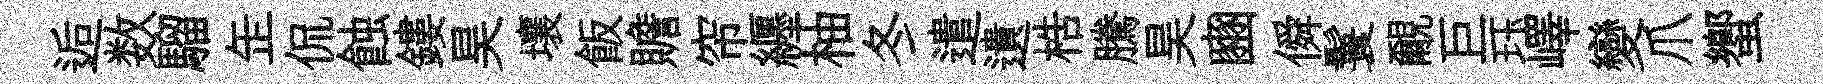
逅数騮𦈢侃蝕鏤昊壤飯贍帘纒柚冬遣遺梏騰昊豳僢鬟覼巨珏嶧變爪蠁